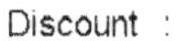
DISCOUNT :